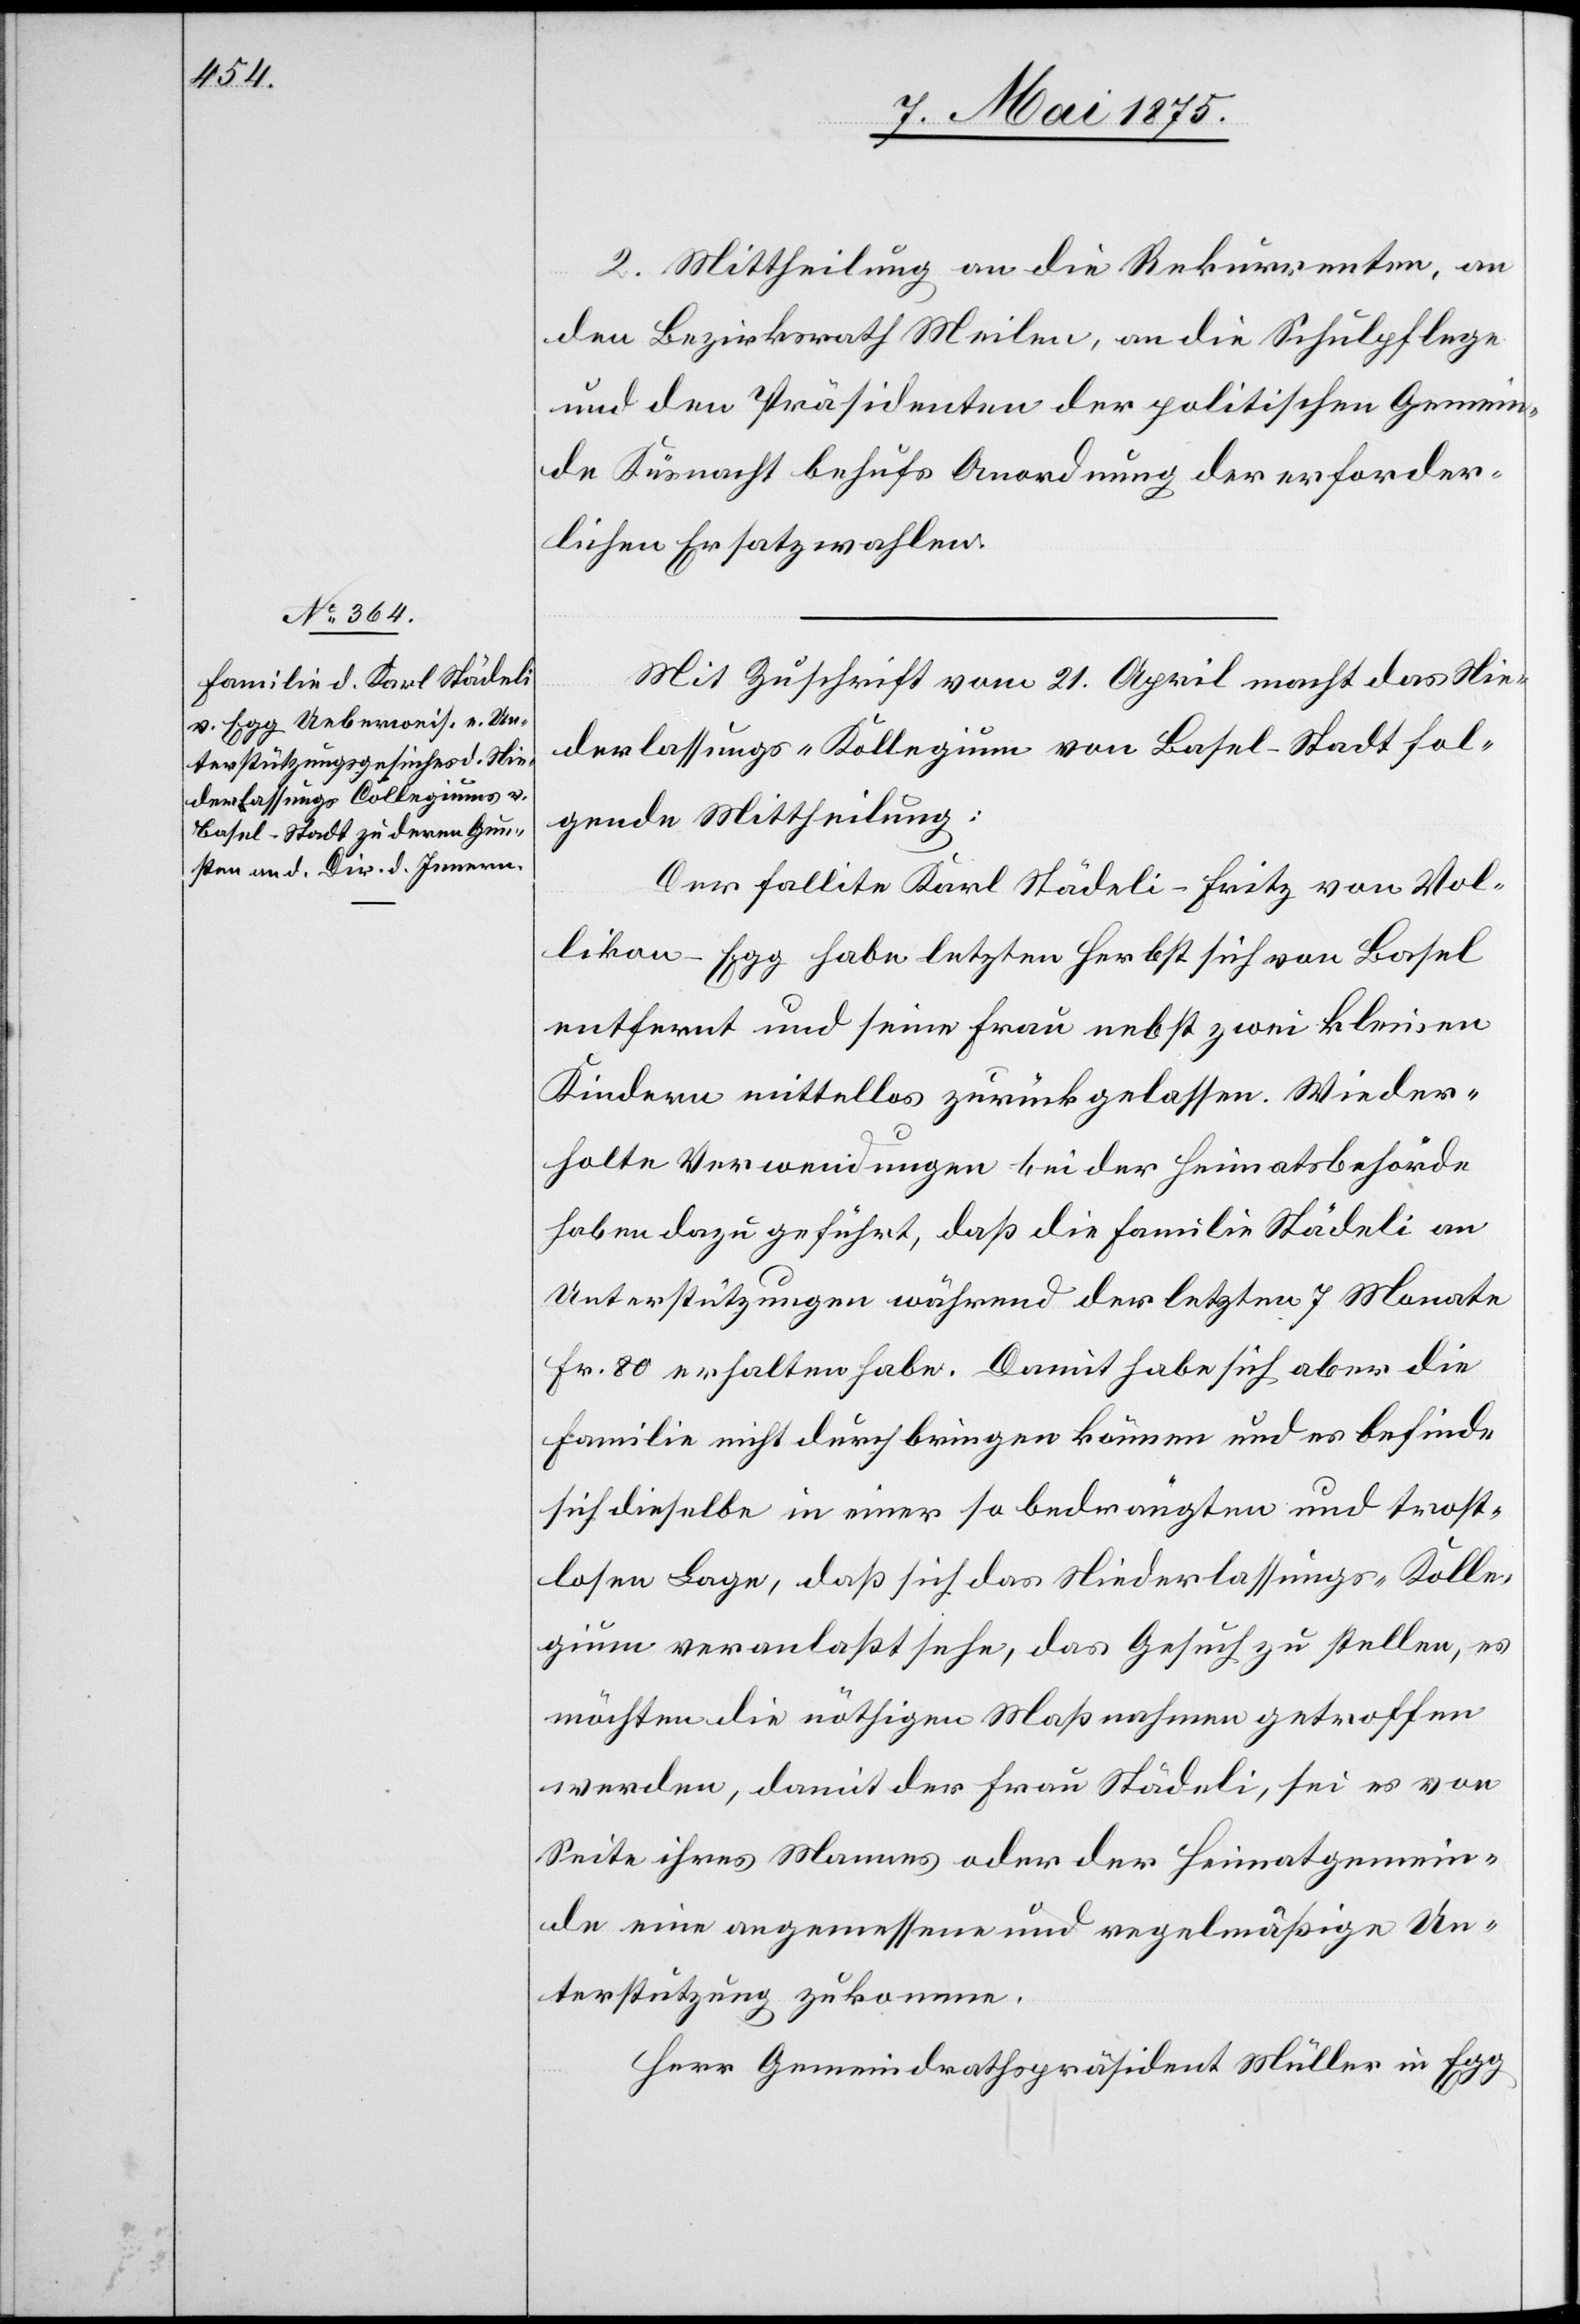
2. Mittheilung an die Rekurrenten, an
den Bezirksrath Meilen, an die Schulpflege
und den Präsidenten der politischen Gemein¬
de Küsnacht behufs Anordnung der erforder¬
lichen Ersatzwahlen.
Mit Zuschrift vom 21. April macht das Nie¬
derlassungs-Kollegium von Basel-Stadt fol¬
gende Mittheilung:
Der Fallite Karl Städeli-Fritz von Vol¬
likon - Egg habe letzten Herbst sich von Basel
entfernt und seine Frau nebst zwei kleinen
Kindern mittellos zurückgelassen. Wieder¬
holte Verwendungen bei der Heimatbehörde
haben dazu geführt, daß die Familie Städeli an
Unterstützungen während der letzten 7 Monate
Fr. 80 erhalten habe. Damit habe sich aber die
Familie nicht durch bringen können und es befinde
sich dieselbe in einer so bedrängten und trost¬
losen Lage, daß sich das Niederlassungs-Kolle¬
gium veranlaßt sehe, das Gesuch zu stellen, es
möchten die nöthigen Maßnahmen getroffen
werden, damit der Frau Städeli, sei es von
Seite ihres Mannes oder der Heimatgemein¬
de eine angemessene und regelmäßige Un¬
terstützung zukomme.
Herr Gemeindrathspräsident Müller in Egg